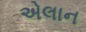
એલાન